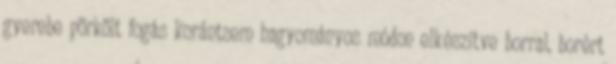
gyerebe pörkölt fogás korántsem hagyományos módon elkészítve borral, borért